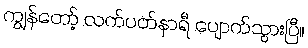
ကျွန်တော့် လက်ပတ်နာရီ ပျောက်သွားပြီ။